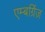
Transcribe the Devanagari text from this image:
एम्बर्ग्रिज़